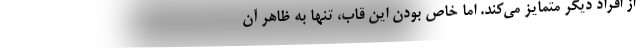
از افراد دیگر متمایز می‌کند. اما خاص بودن این قاب، تنها به ظاهر آن